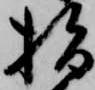
指